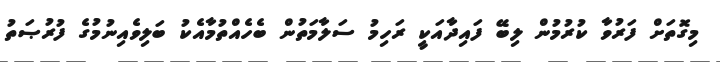
މިގޮތަށް ފަރުވާ ކުރުމުން ލިބޭ ފައިދާއަކީ ރަހިމު ސަލާމަތުން ބެހެއްތުމާއެކު ބަލިވެއިނުމުގެ ފުރުޞަތު